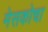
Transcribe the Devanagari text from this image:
मेसकोचा